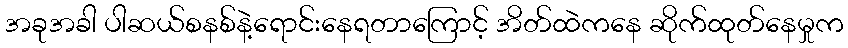
အခုအခါ ပါဆယ်စနစ်နဲ့ရောင်းနေရတာကြောင့် အိတ်ထဲကနေ ဆိုက်ထုတ်နေမှုက